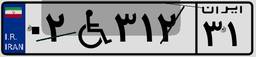
۰۲W۳۱۲۳۱